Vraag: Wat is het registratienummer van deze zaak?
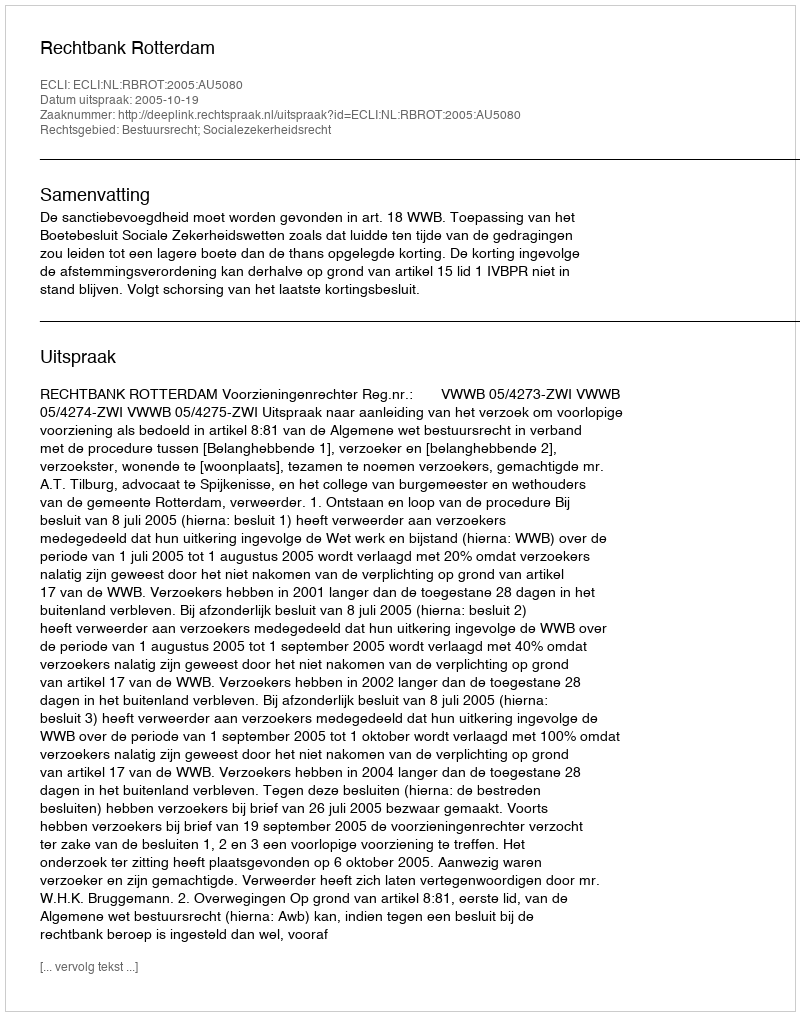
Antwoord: http://deeplink.rechtspraak.nl/uitspraak?id=ECLI:NL:RBROT:2005:AU5080